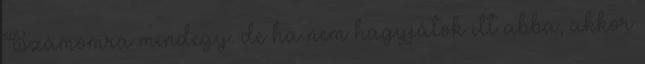
Számomra mindegy. de ha nem hagyjátok itt abba, akkor